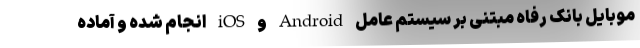
موبایل بانک رفاه مبتنی بر سیستم عامل Android و iOS انجام شده و آماده